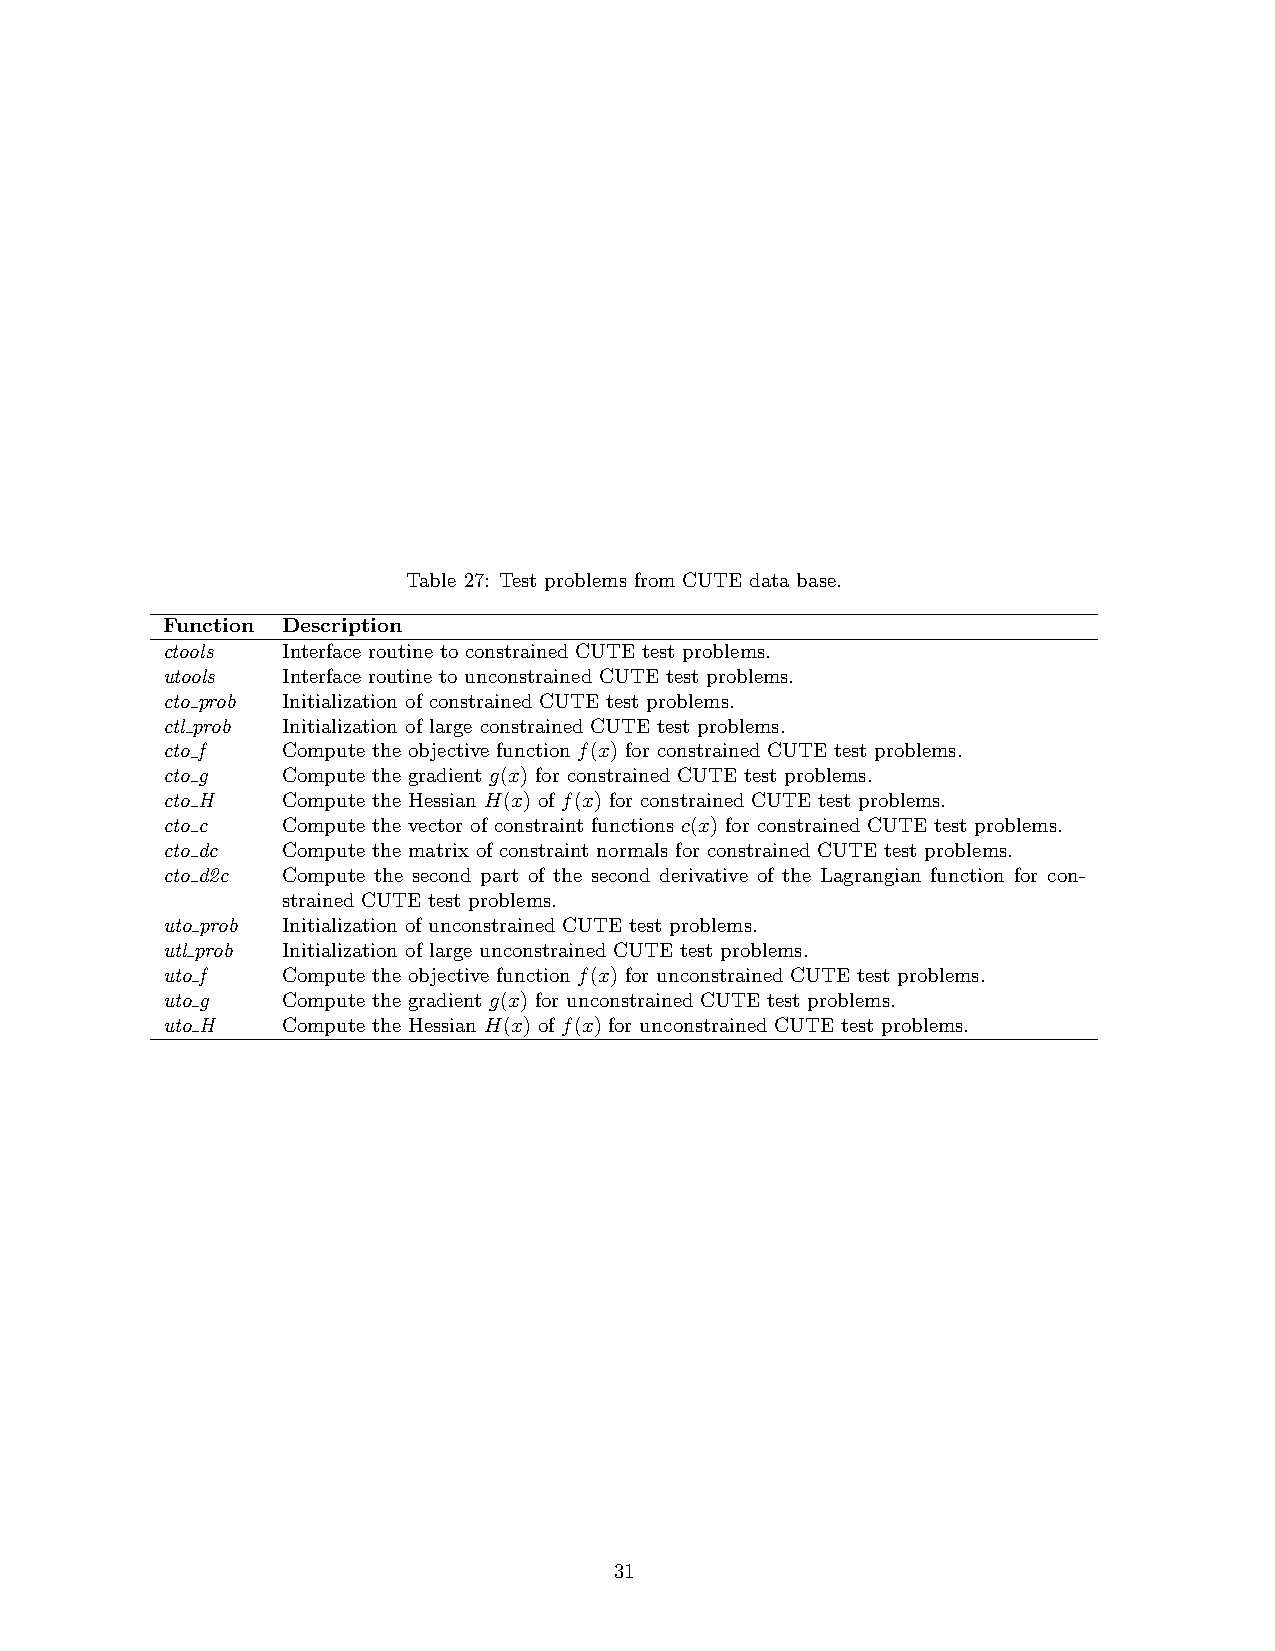
Table 27: Test problems from CUTE data base.
 Function Description
 ctools  Interface routine to constrained CUTE test problems.
 utools  Interface routine to unconstrained CUTE test problems.
 cto prob Initialization of constrained CUTE test problems.
 ctl prob Initialization of large constrained CUTE test problems.
 cto f   Compute the objective function f(x) for constrained CUTE test problems.
 cto g   Compute the gradient g(x) for constrained CUTE test problems.
 cto H   Compute the Hessian H(x) of f(x) for constrained CUTE test problems.
 cto c   Compute the vector of constraint functions c(x) for constrained CUTE test problems.
 cto dc  Compute the matrix of constraint normals for constrained CUTE test problems.
 cto d2c Compute the second part of the second derivative of the Lagrangian function for con-
 strained CUTE test problems.
 uto prob Initialization of unconstrained CUTE test problems.
 utl prob Initialization of large unconstrained CUTE test problems.
 uto f   Compute the objective function f(x) for unconstrained CUTE test problems.
 uto g   Compute the gradient g(x) for unconstrained CUTE test problems.
 uto H   Compute the Hessian H(x) of f(x) for unconstrained CUTE test problems.
 31